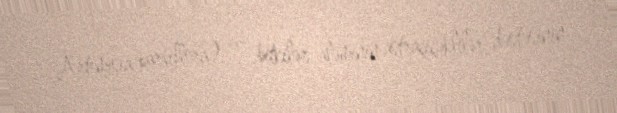
Artemisia parviflora) — bitkilər aləminin astraçiçəklilər dəstəsinin